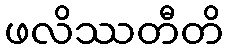
ဖလိဿတီတိ